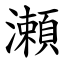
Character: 瀬